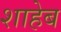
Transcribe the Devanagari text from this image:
शाहेब